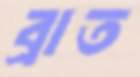
ব্রাত